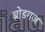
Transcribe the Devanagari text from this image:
ब्रोडगज